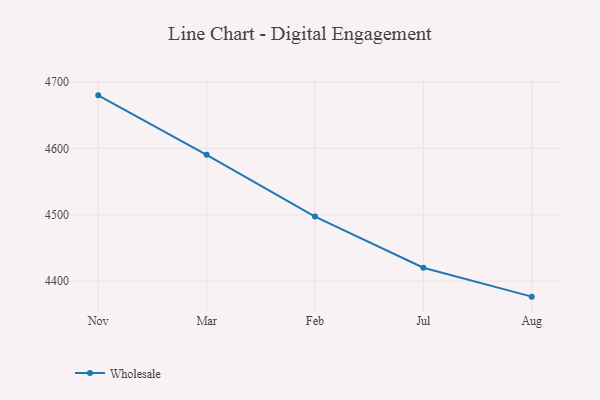
{"axis": {"x": "Month", "y": "Operating Costs (USD K)"}, "legend": ["Wholesale"], "data": [{"x": "Nov", "y": 4679.8, "type": "Wholesale"}, {"x": "Mar", "y": 4590.3, "type": "Wholesale"}, {"x": "Feb", "y": 4497.2, "type": "Wholesale"}, {"x": "Jul", "y": 4420.2, "type": "Wholesale"}, {"x": "Aug", "y": 4376.6, "type": "Wholesale"}]}